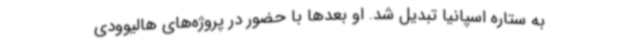
به ستاره اسپانیا تبدیل شد. او بعدها با حضور در پروژه‌های هالیوودی